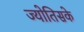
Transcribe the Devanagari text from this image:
ज्योतिसके